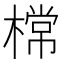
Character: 𣙟